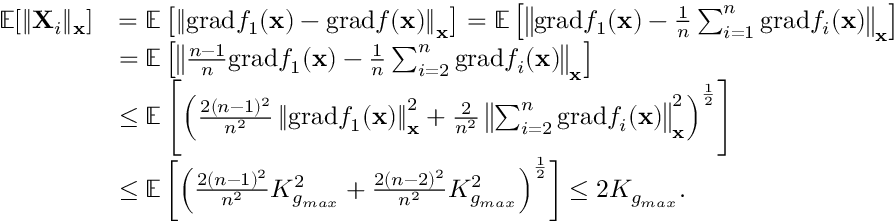
\begin{array} { r l } { \mathbb { E } [ \| \mathbf { X } _ { i } \| _ { \mathbf { x } } ] } & { = \mathbb { E } \left[ \left\| \mathrm { g r a d } f _ { 1 } ( \mathbf { x } ) - \mathrm { g r a d } f ( \mathbf { x } ) \right\| _ { \mathbf { x } } \right] = \mathbb { E } \left[ \left\| \mathrm { g r a d } f _ { 1 } ( \mathbf { x } ) - \frac { 1 } { n } \sum _ { i = 1 } ^ { n } \mathrm { g r a d } f _ { i } ( \mathbf { x } ) \right\| _ { \mathbf { x } } \right] } \\ & { = \mathbb { E } \left[ \left\| \frac { n - 1 } { n } \mathrm { g r a d } f _ { 1 } ( \mathbf { x } ) - \frac { 1 } { n } \sum _ { i = 2 } ^ { n } \mathrm { g r a d } f _ { i } ( \mathbf { x } ) \right\| _ { \mathbf { x } } \right] } \\ & { \le \mathbb { E } \left[ \left( \frac { 2 ( n - 1 ) ^ { 2 } } { n ^ { 2 } } \left\| \mathrm { g r a d } f _ { 1 } ( \mathbf { x } ) \right\| _ { \mathbf { x } } ^ { 2 } + \frac { 2 } { n ^ { 2 } } \left\| \sum _ { i = 2 } ^ { n } \mathrm { g r a d } f _ { i } ( \mathbf { x } ) \right\| _ { \mathbf { x } } ^ { 2 } \right) ^ { \frac { 1 } { 2 } } \right] } \\ & { \le \mathbb { E } \left[ \left( \frac { 2 ( n - 1 ) ^ { 2 } } { n ^ { 2 } } K _ { g _ { m a x } } ^ { 2 } + \frac { 2 ( n - 2 ) ^ { 2 } } { n ^ { 2 } } K _ { g _ { m a x } } ^ { 2 } \right) ^ { \frac { 1 } { 2 } } \right] \le 2 K _ { g _ { m a x } } . } \end{array}